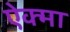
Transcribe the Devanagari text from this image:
ऐक्मा